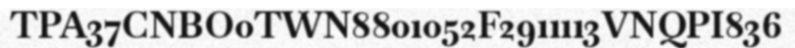
TPA37CNBO0TWN8801052F2911113VNQPI836